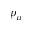
p _ { \mu }